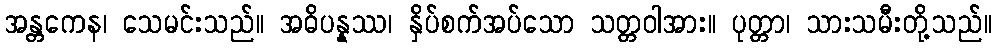
အန္တကေန၊ သေမင်းသည်။ အဓိပန္နဿ၊ နှိပ်စက်အပ်သော သတ္တဝါအား။ ပုတ္တာ၊ သားသမီးတို့သည်။